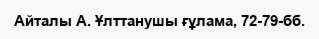
Айталы А. Ұлттанушы ғұлама, 72-79-бб.